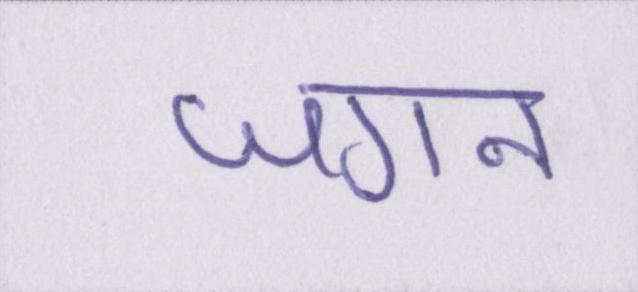
जगन